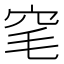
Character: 𬔆